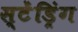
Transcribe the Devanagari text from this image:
स्टेंड्रिंग